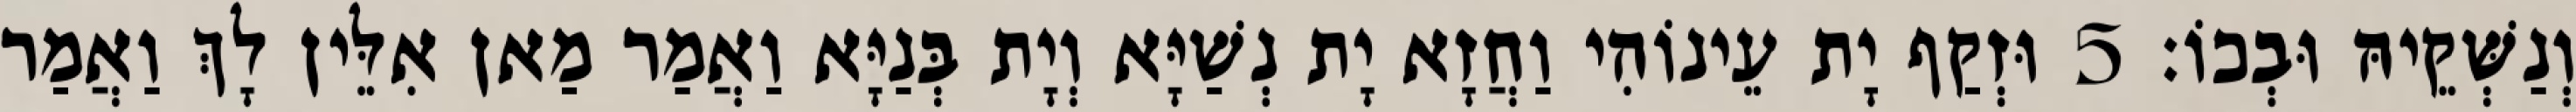
וְנַשְּׁקֵיהּ וּבְכוֹ׃ 5 וּזְקַף יָת עֵינוֹהִי וַחֲזָא יָת נְשַׁיָּא וְיָת בְּנַיָּא וַאֲמַר מַאן אִלֵּין לָךְ וַאֲמַר